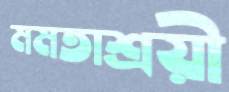
মমতাশ্রয়ী